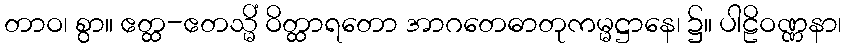
တာဝ၊ စွာ။ ဧတ္ထ-ဧတသ္မိံ ဝိတ္ထာရတော အာဂတေဓာတုကမ္မဋ္ဌာနေ၊ ၌။ ပါဠိဝဏ္ဏနာ၊